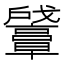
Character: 𪭛